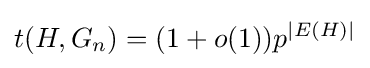
t(H,G_{n})=(1+o(1))p^{|E(H)|}